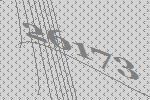
26173